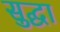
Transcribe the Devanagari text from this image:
सुद्घा